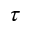
_ \tau